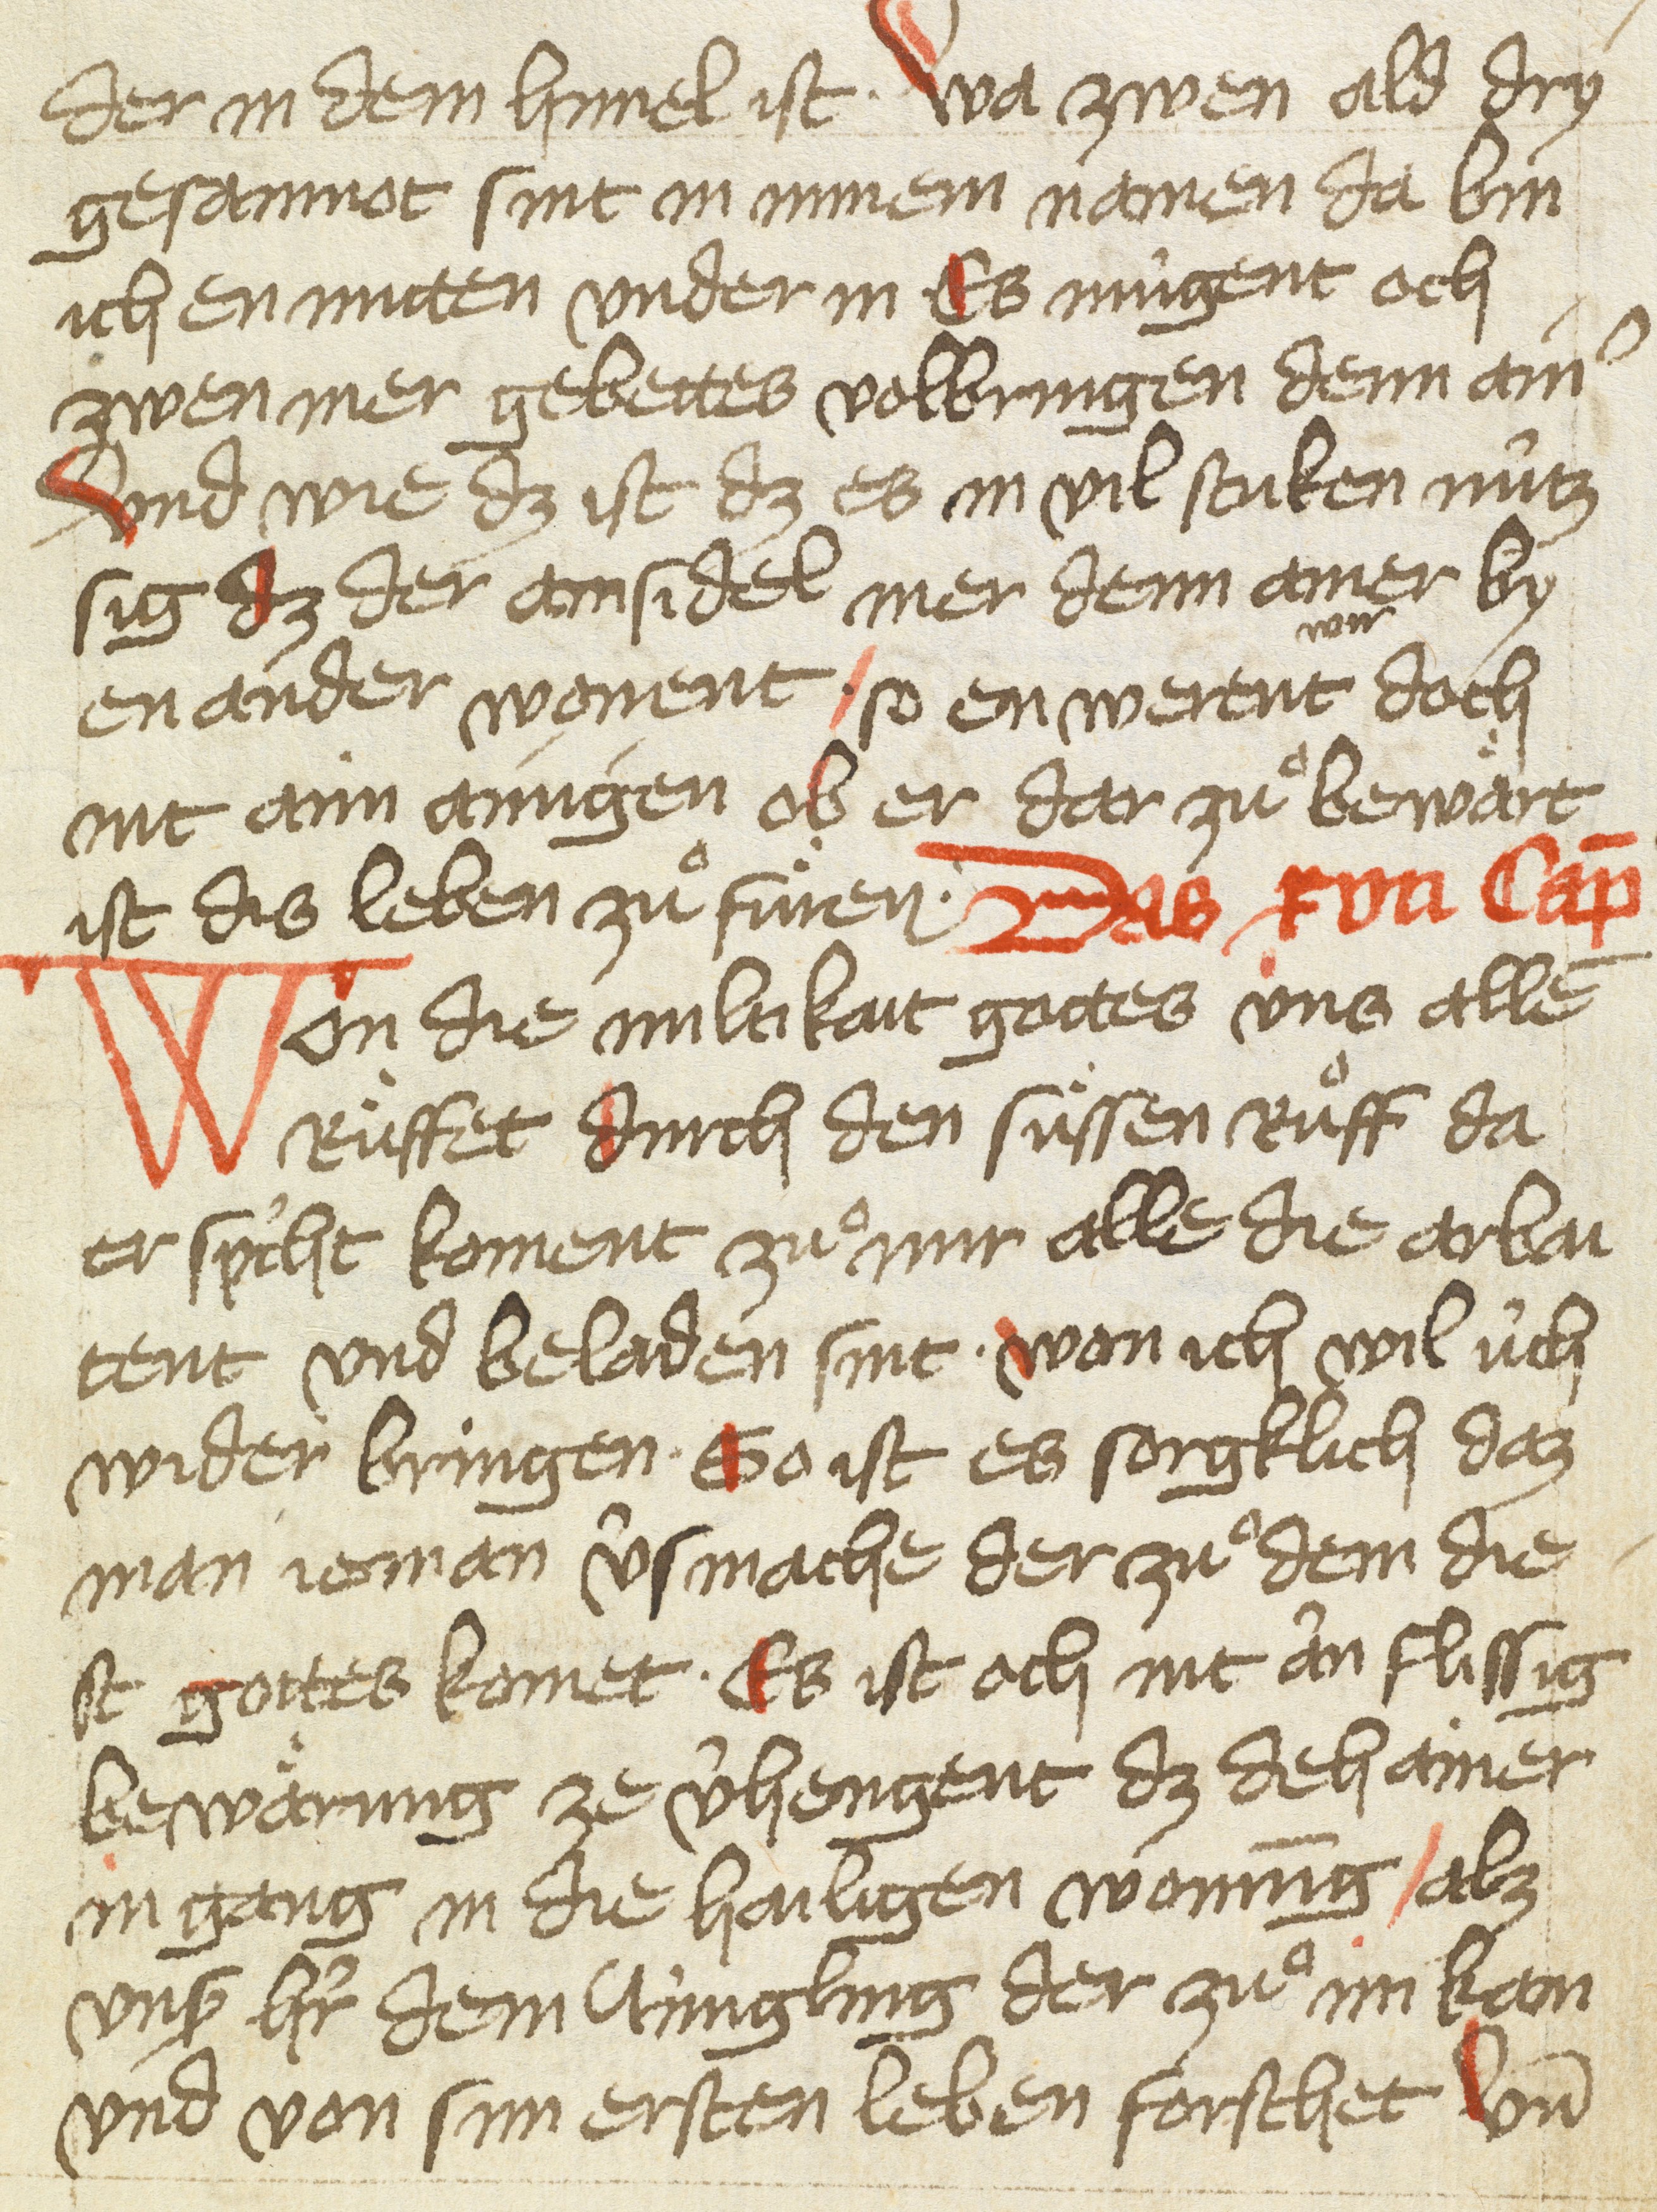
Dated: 1425–1425